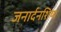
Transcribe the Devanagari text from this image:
जनार्दनशिष्य